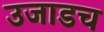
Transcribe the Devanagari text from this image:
उजाडच